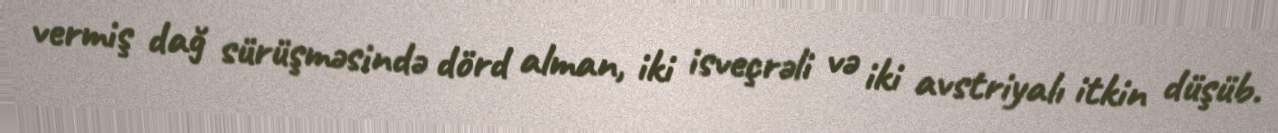
vermiş dağ sürüşməsində dörd alman, iki isveçrəli və iki avstriyalı itkin düşüb.